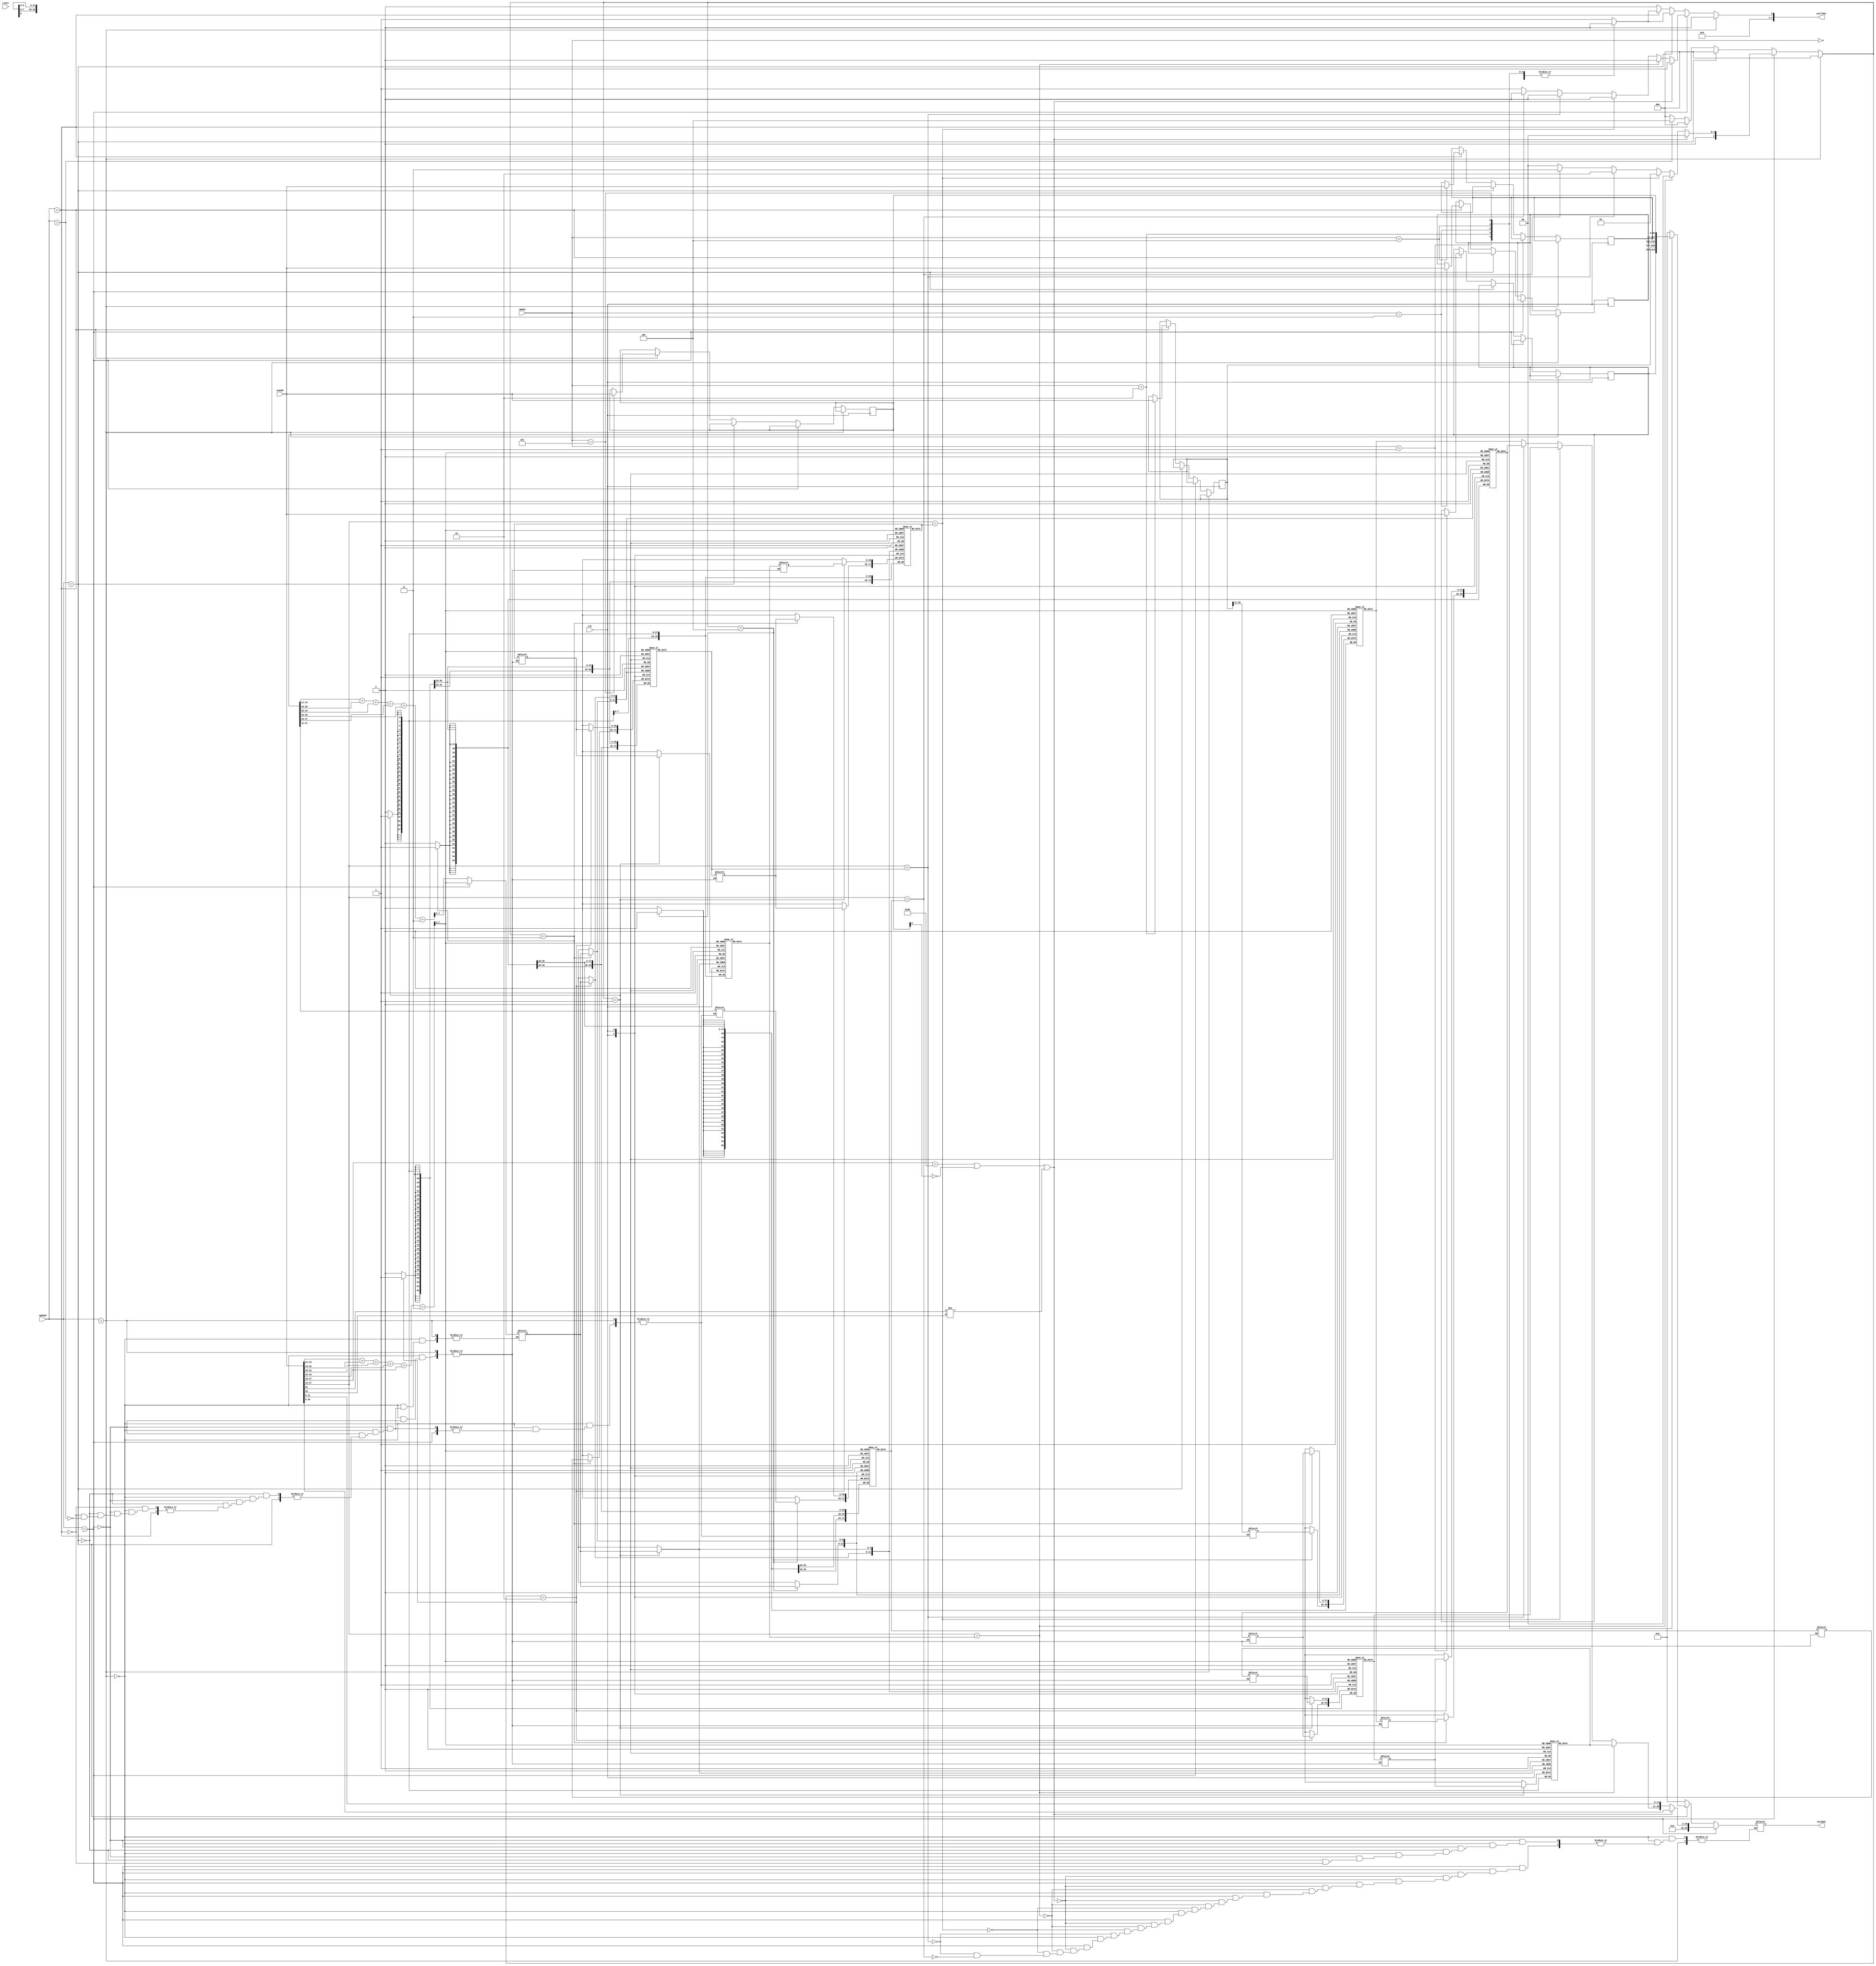
module MemTLB(
	/* verilator lint_off UNUSED */
	clk,
	reset,
	opMode,
	opReg,
	inAddr,
	outAddr,
	outTlbSr
);

input clk;
input reset;
input[2:0] opMode;
input[2:0] opReg;
input[63:0] inAddr;
output[63:0] outAddr;
output[7:0] outTlbSr;

reg[63:0]	tOutAddr;
reg[7:0]	tHashIdx0;
reg[5:0]	tHashIdx;

reg[35:0]	tlbPageSrcA[63:0];		//source addresses 
reg[35:0]	tlbPageSrcB[63:0];
reg[35:0]	tlbPageSrcC[63:0];
reg[35:0]	tlbPageSrcD[63:0];

reg[27:0]	tlbPageDstA[63:0];		//dest addresses 
reg[27:0]	tlbPageDstB[63:0];
reg[27:0]	tlbPageDstC[63:0];
reg[27:0]	tlbPageDstD[63:0];

reg[63:0]	regPTEH;
reg[63:0]	regPTEL;
reg[63:0]	regTTB;
reg[63:0]	regTEA;
reg[63:0]	regMMUCR;

reg[63:0]	regNextPTEH;
reg[63:0]	regNextPTEL;
reg[63:0]	regNextTTB;
reg[63:0]	regNextTEA;
reg[63:0]	regNextMMUCR;

reg[7:0] tTlbSr;
reg tlbMiss;
reg[2:0] tlbSwap;

reg[35:0]	tlbSwapSrcA;		//source addresses 
reg[35:0]	tlbSwapSrcB;
reg[35:0]	tlbSwapSrcC;
reg[35:0]	tlbSwapSrcD;

reg[27:0]	tlbSwapDstA;		//dest addresses 
reg[27:0]	tlbSwapDstB;
reg[27:0]	tlbSwapDstC;
reg[27:0]	tlbSwapDstD;

reg[35:0]	tlbSwapSrcE;
reg[27:0]	tlbSwapDstE;

assign outAddr = tOutAddr;
assign outTlbSr = tTlbSr;


always @ (opMode)
begin
	tlbMiss = 0;
	tlbSwap = 0;
	tTlbSr = 0;

	regNextPTEH  = regPTEH;
	regNextPTEL  = regPTEL;
	regNextTTB   = regTTB;
	regNextTEA   = regTEA;
	regNextMMUCR = regMMUCR;

	if(opMode==TLB_OPMODE_NONE)
	begin
		tlbMiss = 0;
	end
	else
	if(opMode==TLB_OPMODE_LOOKUP)
	begin
		tHashIdx0=
			inAddr[19:12]+inAddr[26:19]+
			inAddr[33:26]+inAddr[40:33]+
			inAddr[47:40]+3;
		tHashIdx=tHashIdx0[7:2];
		tlbMiss = 1;


		tlbSwapSrcA=tlbPageSrcA[tHashIdx];
		tlbSwapDstA=tlbPageDstA[tHashIdx];
		tlbSwapSrcB=tlbPageSrcB[tHashIdx];
		tlbSwapDstB=tlbPageDstB[tHashIdx];
		tlbSwapSrcC=tlbPageSrcC[tHashIdx];
		tlbSwapDstC=tlbPageDstC[tHashIdx];
		tlbSwapSrcD=tlbPageSrcD[tHashIdx];
		tlbSwapDstD=tlbPageDstD[tHashIdx];

		if((inAddr[47:40]==8'h80) ||
			(regMMUCR[0]==0) ||
			(inAddr[61]!=inAddr[63]))
		begin
			tOutAddr[63:40] = 0;
			tOutAddr[39: 0] = inAddr[39:0];
			tlbMiss = 0;
		end
		else
		begin
			if(inAddr[47:12]==tlbSwapSrcA[35: 0])
			begin
				tOutAddr[63:40] = 0;
				tOutAddr[39:12] = tlbSwapDstA[27: 0];
				tOutAddr[11: 0] = inAddr     [11: 0];
				tlbMiss = 0;
				tlbSwap = 0;
			end
			else if(inAddr[47:12]==tlbSwapSrcB[35: 0])
			begin
				tOutAddr[63:40] = 0;
				tOutAddr[39:12] = tlbSwapDstB[27: 0];
				tOutAddr[11: 0] = inAddr     [11: 0];
				tlbMiss = 0;
				tlbSwap = 1;
			end
			else if(inAddr[47:12]==tlbSwapSrcC[35: 0])
			begin
				tOutAddr[63:40] = 0;
				tOutAddr[39:12] = tlbSwapDstC[27: 0];
				tOutAddr[11: 0] = inAddr     [11: 0];
				tlbMiss = 0;
				tlbSwap = 2;
			end
			else if(inAddr[47:12]==tlbSwapSrcD[35: 0])
			begin
				tOutAddr[63:40] = 0;
				tOutAddr[39:12] = tlbSwapDstD[27: 0];
				tOutAddr[11: 0] = inAddr     [11: 0];
				tlbMiss = 0;
				tlbSwap = 3;
			end
		end
	end
	else
	if(opMode==TLB_OPMODE_GETREG)
	begin
		case(opReg)

		3'h0:
		begin
			tOutAddr = 0;
			tlbMiss = 0;
		end

		3'h1:
		begin
			tOutAddr = regPTEH;
			tlbMiss = 0;
		end

		3'h2:
		begin
			tOutAddr = regPTEL;
			tlbMiss = 0;
		end

		3'h3:
		begin
			tOutAddr = regTTB;
			tlbMiss = 0;
		end

		3'h4:
		begin
			tOutAddr = regTEA;
			tlbMiss = 0;
		end

		3'h5:
		begin
			tOutAddr = regMMUCR;
			tlbMiss = 0;
		end

		default:
		begin
			tOutAddr = 0;
			tlbMiss = 1;
		end
		endcase
	end
	else
	if(opMode==TLB_OPMODE_SETREG)
	begin
		case(opReg)

		3'h0:
		begin
			tOutAddr = 0;
			tlbMiss = 0;
		end

		3'h1:
		begin
			regNextPTEH = inAddr;
			tOutAddr = 0;
			tlbMiss = 0;
		end

		3'h2:
		begin
			regNextPTEL = inAddr;
			tOutAddr = 0;
			tlbMiss = 0;
		end

		3'h3:
		begin
			regNextTTB = inAddr;
			tOutAddr = 0;
			tlbMiss = 0;
		end

		3'h4:
		begin
			regNextTEA = inAddr;
			tOutAddr = 0;
			tlbMiss = 0;
		end

		3'h5:
		begin
			regNextMMUCR = inAddr;
			tOutAddr = 0;
			tlbMiss = 0;
		end

		default:
		begin
			tOutAddr = 0;
			tlbMiss = 1;
		end
		endcase
	end
	else
	if(opMode==TLB_OPMODE_LDTLB)
	begin
		tHashIdx0=
			regPTEH[19:12]+regPTEH[26:19]+
			regPTEH[33:26]+regPTEH[40:33]+
			regPTEH[47:40]+3;
		tHashIdx=tHashIdx0[7:2];
		
		tlbSwapSrcE[35:0] = regPTEH[47:12];
		tlbSwapDstE[27:0] = regPTEL[39:12];
		tlbSwap = 4;
	end
	
	tTlbSr[0] = tlbMiss;
end

always @ (posedge clk)
begin
	regPTEH  <= regNextPTEH;
	regPTEL  <= regNextPTEL;
	regTTB   <= regNextTTB;
	regTEA   <= regNextTEA;
	regMMUCR <= regNextMMUCR;
	
	case(tlbSwap)
	0: begin end
	1: begin
		tlbPageSrcA[tHashIdx] <= tlbSwapSrcB;
		tlbPageDstA[tHashIdx] <= tlbSwapDstB;
		tlbPageSrcB[tHashIdx] <= tlbSwapSrcA;
		tlbPageDstB[tHashIdx] <= tlbSwapDstA;
		end
	2: begin
		tlbPageSrcB[tHashIdx] <= tlbSwapSrcC;
		tlbPageDstB[tHashIdx] <= tlbSwapDstC;
		tlbPageSrcC[tHashIdx] <= tlbSwapSrcB;
		tlbPageDstC[tHashIdx] <= tlbSwapDstB;
		end
	3: begin
		tlbPageSrcC[tHashIdx] <= tlbSwapSrcD;
		tlbPageDstC[tHashIdx] <= tlbSwapDstD;
		tlbPageSrcD[tHashIdx] <= tlbSwapSrcC;
		tlbPageDstD[tHashIdx] <= tlbSwapDstC;
		end
	4: begin
		tlbPageSrcD[tHashIdx] <= tlbSwapSrcE;
		tlbPageDstD[tHashIdx] <= tlbSwapDstE;
		end
	default: begin end
	endcase
end

endmodule